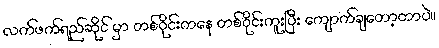
လက်ဖက်ရည်ဆိုင် မှာ တစ်ဝိုင်းကနေ တစ်ဝိုင်းကူးပြီး ကျောက်ချတော့တာပဲ။